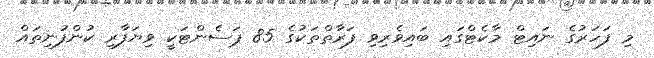
މި ފަހަރުގެ ނައިޓް މާކެޓްގައި ބައިވެރިވި ފަރާތްތަކުގެ 85 ޕަސެންޓަކީ ވިޔަފާރި ކުންފުނިތައް